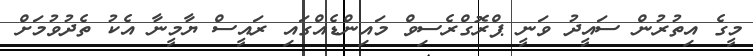
މީގެ އިތުރުން ސައީދު ވަނީ ޕްރޮގްރެސިވް މައިންޑެއްގައި ރައީސް ޔާމީނާ އެކު ތެދުވުމަށް